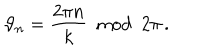
\vartheta _ { n } = \frac { 2 \pi n } { k } \: \bmod \: 2 \pi \, .